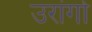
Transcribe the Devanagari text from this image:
उरांगो